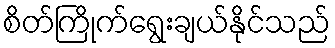
စိတ်ကြိုက်ရွေးချယ်နိုင်သည်